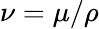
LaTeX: \nu=\mu/\rho